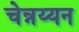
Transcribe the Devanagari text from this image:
चेन्नय्यन